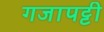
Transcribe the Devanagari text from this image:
गजापट्टी